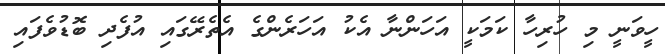
ހީވަނީ މި ހުރިހާ ކަމަކީ އަހަންނާ އެކު އަހަރެންގެ އެތެރޭގައި އުފެދި ބޮޑުވެފައި